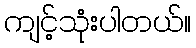
ကျင့်သုံးပါတယ်။